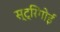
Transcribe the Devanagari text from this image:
स्ट्रिगोई